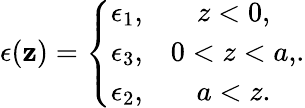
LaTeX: \epsilon(\mathbf{z})=\left\{ \begin{array}{cc}{{\epsilon_{1},}}&{{z<0,}}\\ {{\epsilon_{3},}}&{{0<z<a,}}\\ {{\epsilon_{2},}}&{{a<z.}}\end{array}\right..